Report on the working of the Ranchi Indian Mental Hospital, Kanke, in Bihar and Orissa - 1930-1940
Year: 1930
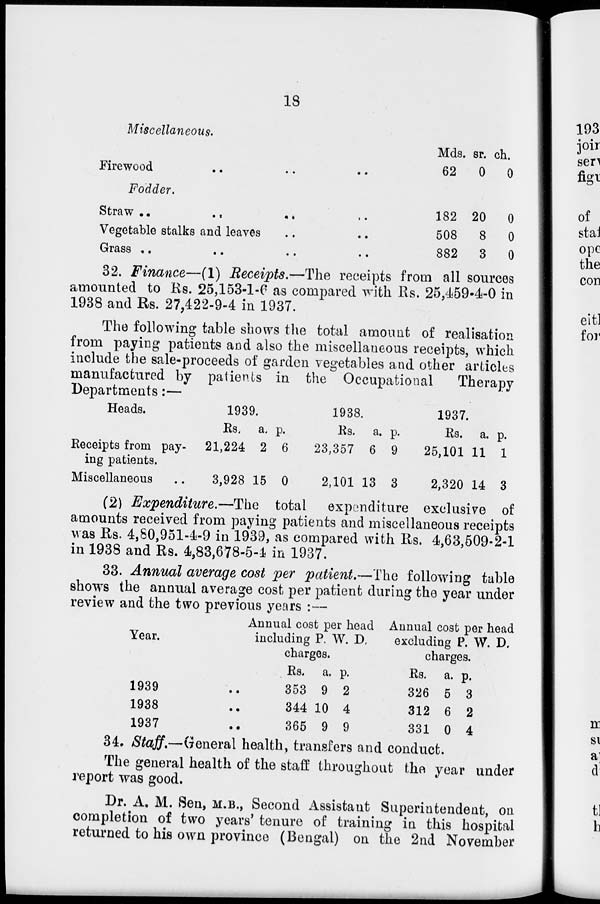
18
Miscellaneous.
Firewood .. .. ..
Mds.
62
sr.
0
ch.
0
Fodder.
Straw
..
..
..
..
Vegetable stalks and leaves .. ..
Grass
..
..
..
..
182
508
882
20
8
3
0
0
0
32. Finance—(1) Receipts.—The receipts from all sources
amounted to Rs. 25,153-1-6 as compared with Rs. 25,459-4-0 in
1938 and Rs. 27,422-9-4 in 1937.
The following table shows the total amount of realisation
from paying patients and also the miscellaneous receipts, which
include the sale-proceeds of garden vegetables and other articles
manufactured by patients in the Occupational
Therapy
Departments:—
Heads.
Receipts from pay-
ing patients.
Miscellaneous ..
1939.
Rs.
21,224
3,928
a.
2
15
p.
6
0
1938.
Rs.
23,357
2,101
a.
6
13
p.
9
3
1937.
Rs.
25,101
2,320
a.
11
14
p.
1
3
(2) Expenditure.—The total expenditure exclusive of
amounts received from paying patients and miscellaneous receipts
was Rs. 4,80,951-4-9 in 1939, as compared with Rs. 4,63,509-2-1
in 1938 and Rs. 4,83,678-5-4 in 1937.
33. Annual average cost per patient.—The following table
shows the annual average cost per patient during the year under
review and the two previous years :—
Year.
1939
1938
1937
Annual cost per head
including P. W. D.
charges.
Rs.
353
344
365
a.
9
10
9
p.
2
4
9
Annual cost per head
excluding P. W. D.
charges.
Rs.
326
312
331
a.
5
6
0
p.
3
2
4
34. Staff.—General health, transfers and conduct.
The general health of the staff throughout the year under
report was good.
Dr. A. M. Sen, M.B., Second Assistant Superintendent, on
completion of two years' tenure of training in this hospital
returned to his own province (Bengal) on the 2nd November